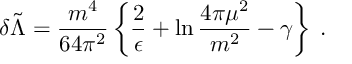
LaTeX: \delta \tilde { \Lambda } = \frac { m ^ { 4 } } { 6 4 \pi ^ { 2 } } \left\{ \frac { 2 } { \epsilon } + \ln { \frac { 4 \pi \mu ^ { 2 } } { m ^ { 2 } } } - \gamma \right\} \; .